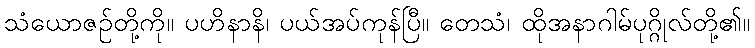
သံယောဇဉ်တို့ကို။ ပဟိနာနိ၊ ပယ်အပ်ကုန်ပြီ။ တေသံ၊ ထိုအနာဂါမ်ပုဂ္ဂိုလ်တို့၏။